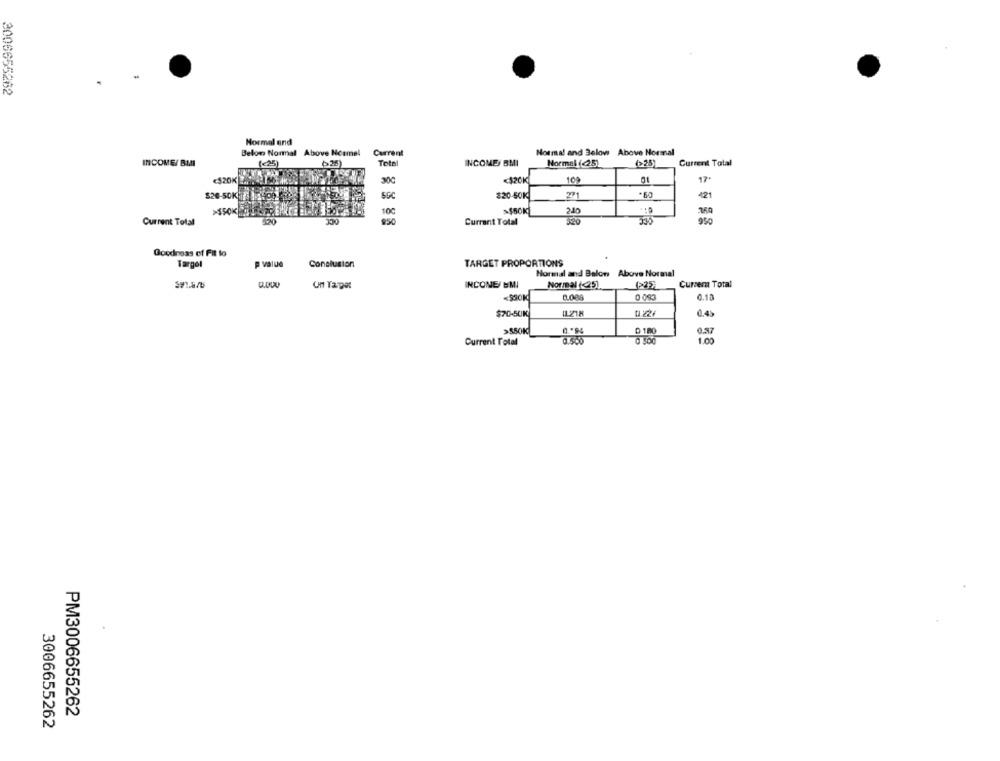
2006655262
Normal and
Below Normal Above Nosmel
Current
Normal and Below Above Normal
INCOME/ BMI
(<25)
626
Total
INCOME BMI
Normal (<25)
(>25)
Current Total
«120K
30℃
<320K
109
17
$20-50KJ/1 109 99
SGC
$20-50K
271
421
>SSOK
100
2.40
950
535
950
Current Total
Currant Total
Goodness of Fit lo
Targol
p value
Conclusion
TARGET PROPORTIONS
Normal and Balon Above Normal
INCONE/ EMI
Normal (<25]
Cursem Total
0 093
0.18
$70-50K
IL218
0.45
>550K
D 180
0.27
Current Total
1.00
PM3006655262
3006655262